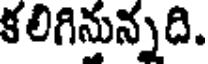
కలిగినున్నది.